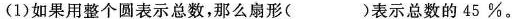
(1)如果用整个圆表示总数，那么扇形()表示总数的45 %。